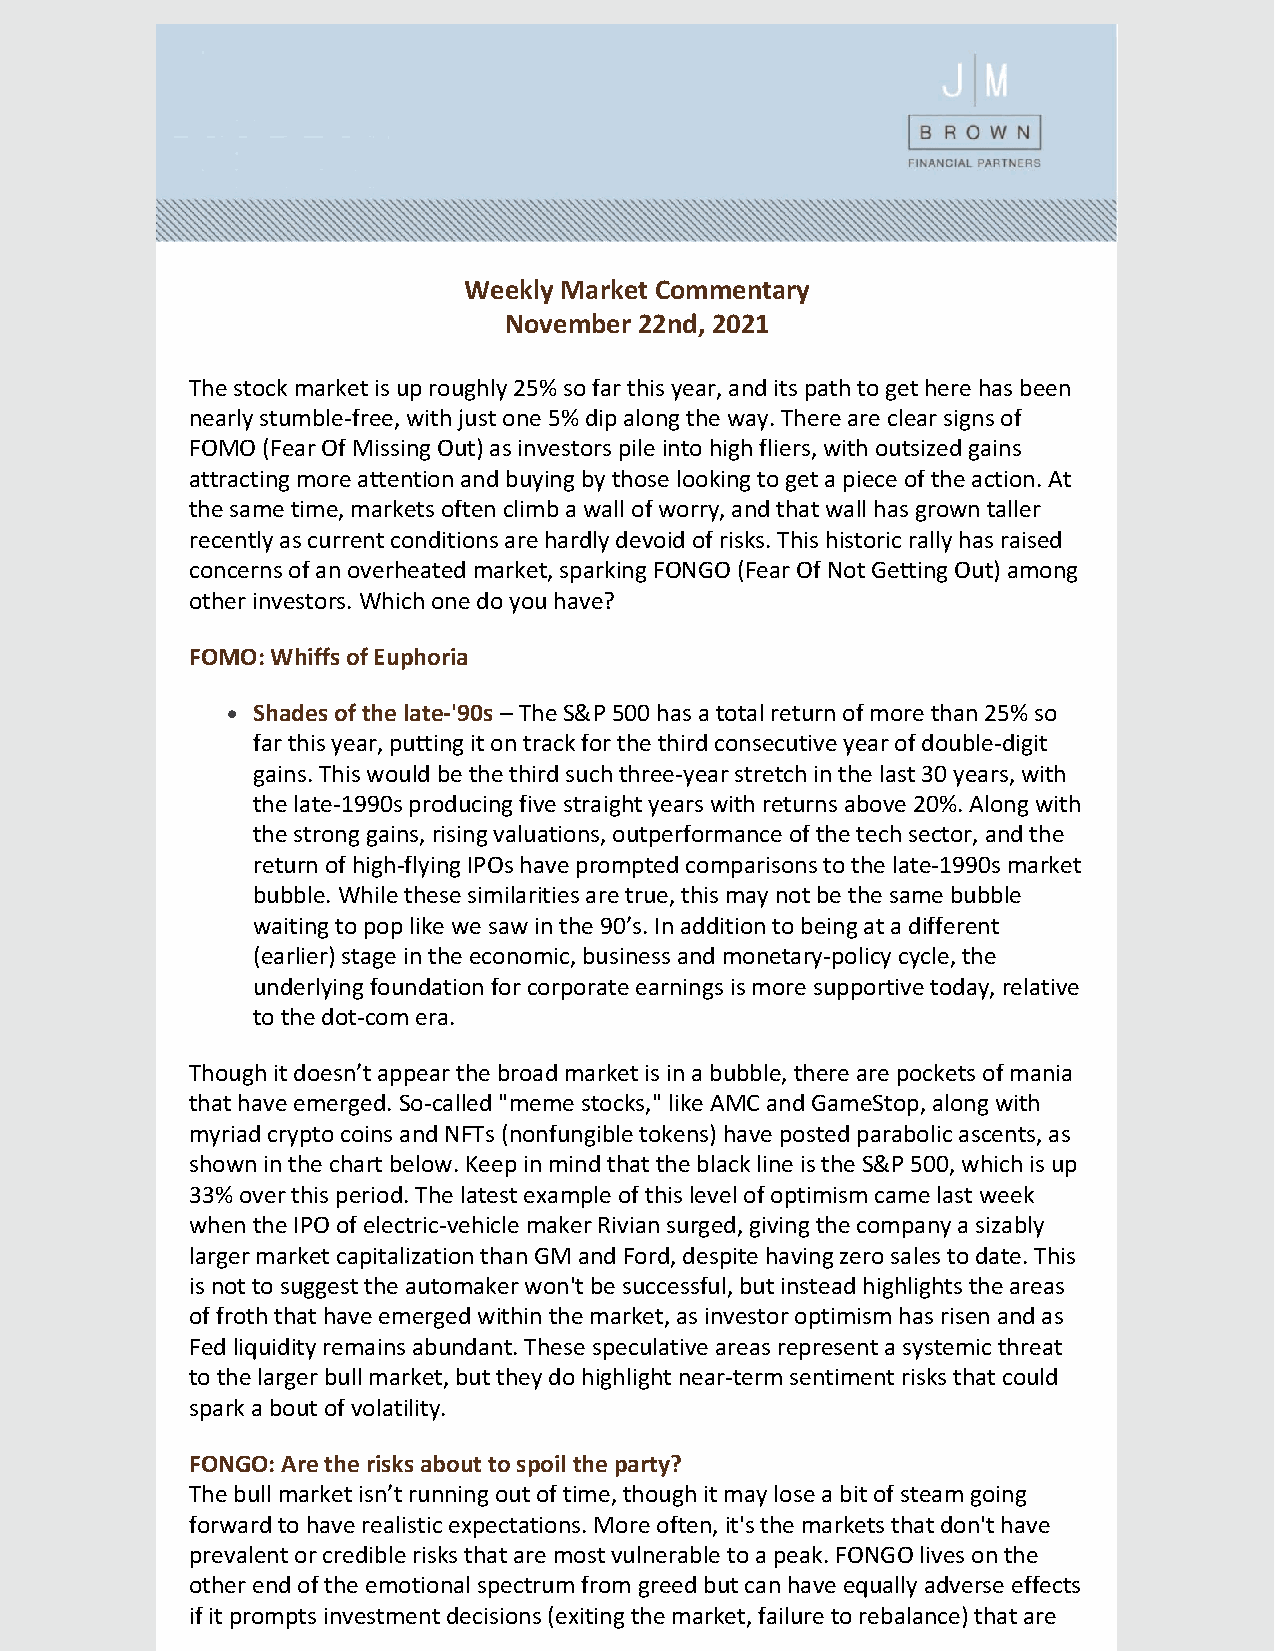
Weekly Market Commentary
 November 22nd, 2021
 The stock market is up roughly 25% so far this year, and its path to get here has been
 nearly stumble-free, with just one 5% dip along the way. There are clear signs of
 FOMO (Fear Of Missing Out) as investors pile into high fliers, with outsized gains
 attracting more attention and buying by those looking to get a piece of the action. At
 the same time, markets often climb a wall of worry, and that wall has grown taller
 recently as current conditions are hardly devoid of risks. This historic rally has raised
 concerns of an overheated market, sparking FONGO (Fear Of Not Getting Out) among
 other investors. Which one do you have?
 FOMO: Whiffs of Euphoria
 Shades of the late-'90s – The S&P 500 has a total return of more than 25% so
 far this year, putting it on track for the third consecutive year of double-digit
 gains. This would be the third such three-year stretch in the last 30 years, with
 the late-1990s producing five straight years with returns above 20%. Along with
 the strong gains, rising valuations, outperformance of the tech sector, and the
 return of high-flying IPOs have prompted comparisons to the late-1990s market
 bubble. While these similarities are true, this may not be the same bubble
 waiting to pop like we saw in the 90’s. In addition to being at a different
 (earlier) stage in the economic, business and monetary-policy cycle, the
 underlying foundation for corporate earnings is more supportive today, relative
 to the dot-com era.
 Though it doesn’t appear the broad market is in a bubble, there are pockets of mania
 that have emerged. So-called "meme stocks," like AMC and GameStop, along with
 myriad crypto coins and NFTs (nonfungible tokens) have posted parabolic ascents, as
 shown in the chart below. Keep in mind that the black line is the S&P 500, which is up
 33% over this period. The latest example of this level of optimism came last week
 when the IPO of electric-vehicle maker Rivian surged, giving the company a sizably
 larger market capitalization than GM and Ford, despite having zero sales to date. This
 is not to suggest the automaker won't be successful, but instead highlights the areas
 of froth that have emerged within the market, as investor optimism has risen and as
 Fed liquidity remains abundant. These speculative areas represent a systemic threat
 to the larger bull market, but they do highlight near-term sentiment risks that could
 spark a bout of volatility.
 FONGO: Are the risks about to spoil the party?
 The bull market isn’t running out of time, though it may lose a bit of steam going
 forward to have realistic expectations. More often, it's the markets that don't have
 prevalent or credible risks that are most vulnerable to a peak. FONGO lives on the
 other end of the emotional spectrum from greed but can have equally adverse effects
 if it prompts investment decisions (exiting the market, failure to rebalance) that are